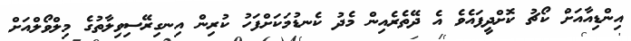
އިންޑިއާއަށް ކޯޗު ކޮށްދީފައެވެ އެ ދޭތެރެއިން މެދު ކެނޑުމަކަށްފަހު ކުރިން އިނގިރޭސިވިލާތުގެ މިލްވޯލްއަށް